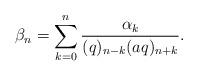
LaTeX: \begin{align*} \beta_n = \sum_{k=0}^n \frac{\alpha_k}{(q)_{n-k}(aq)_{n+k}}. \end{align*}